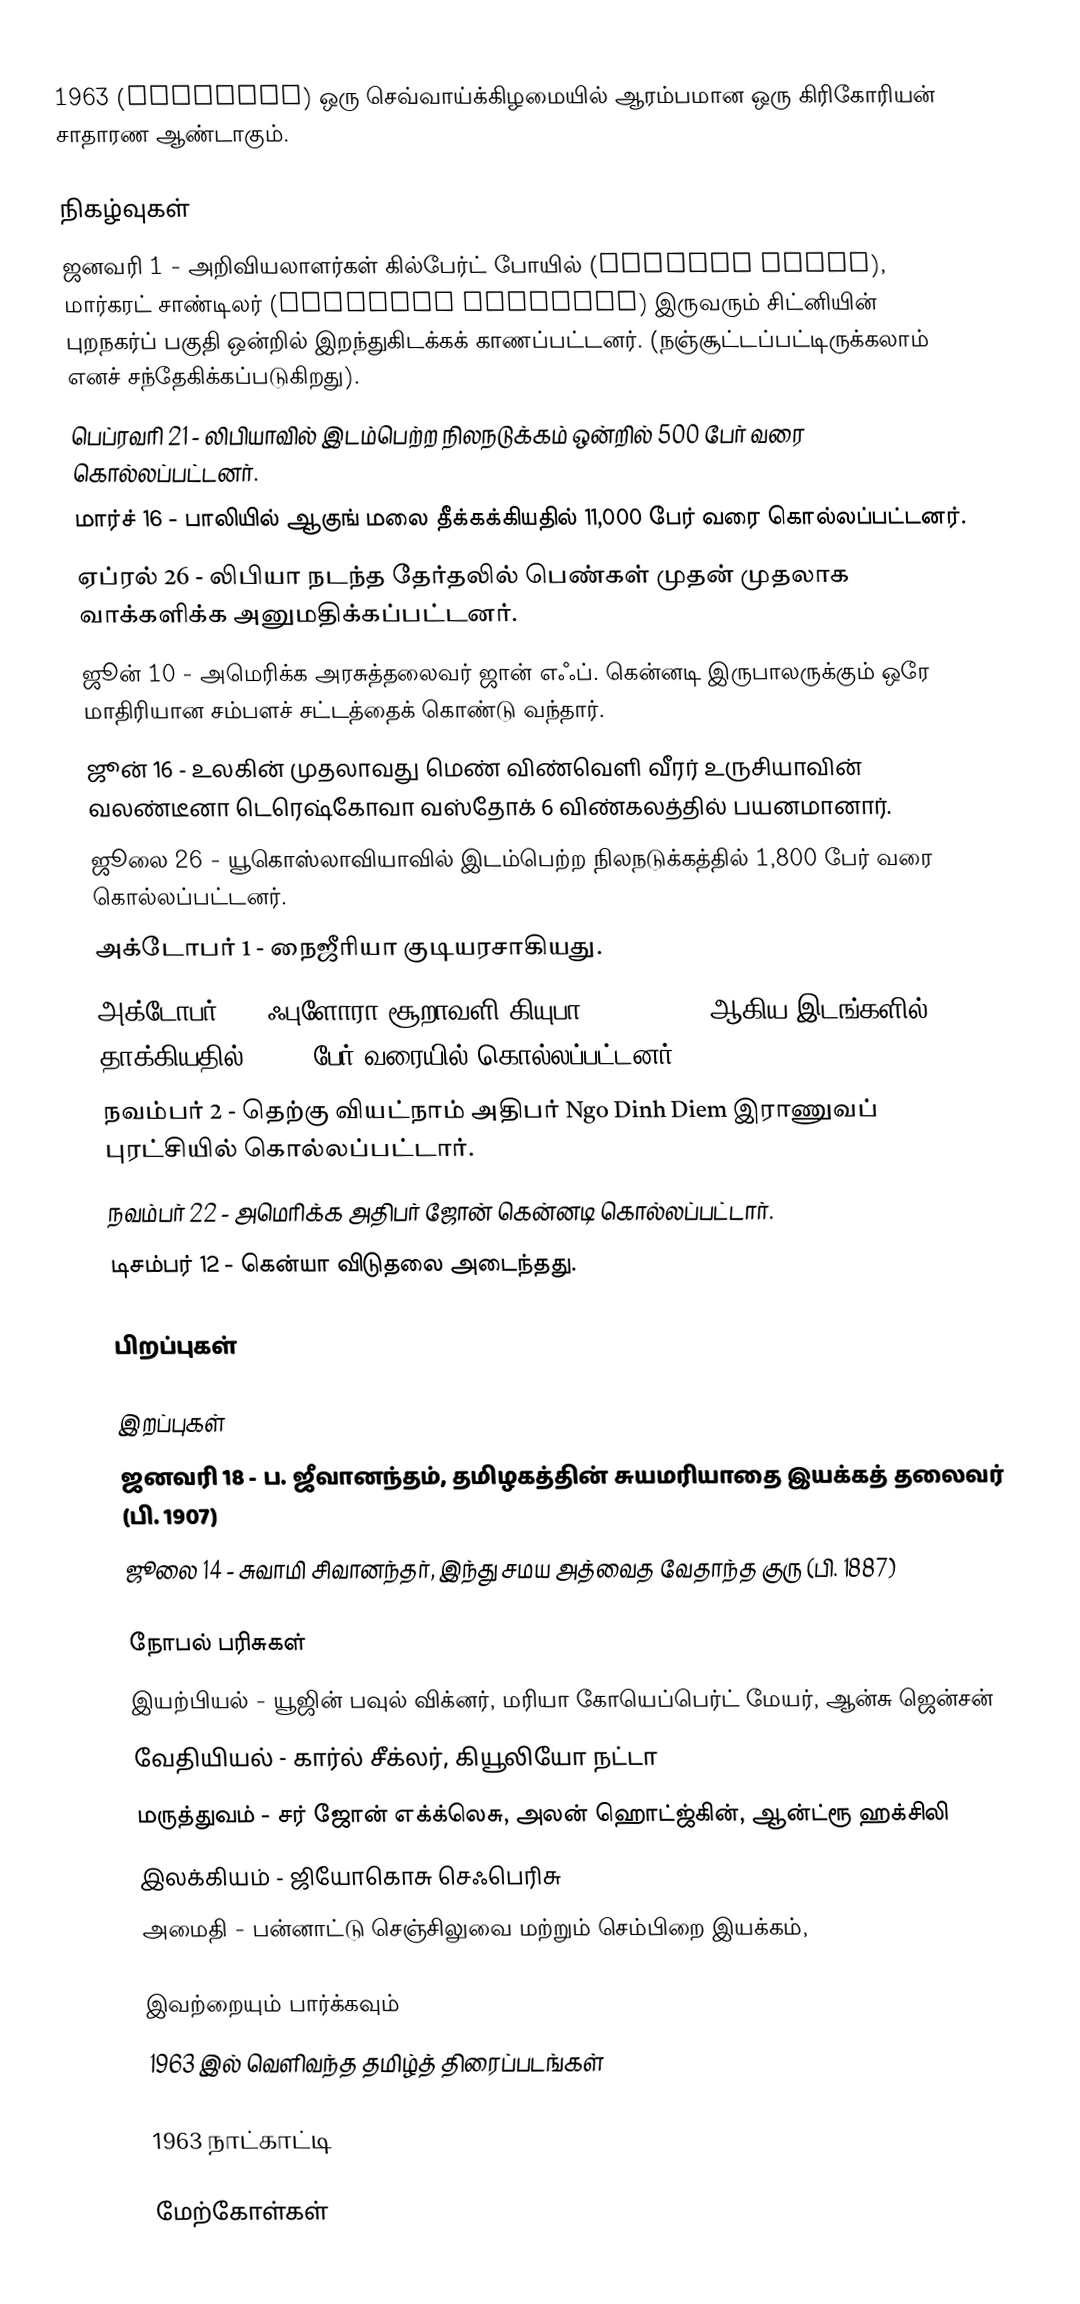
1963  (MCMLXIII) ஒரு செவ்வாய்க்கிழமையில் ஆரம்பமான ஒரு கிரிகோரியன் சாதாரண ஆண்டாகும்.

நிகழ்வுகள்
 ஜனவரி 1 - அறிவியலாளர்கள் கில்பேர்ட் போயில் (Gilbert Bogle), மார்கரட் சாண்டிலர் (Margaret Chandler) இருவரும் சிட்னியின் புறநகர்ப் பகுதி ஒன்றில் இறந்துகிடக்கக் காணப்பட்டனர். (நஞ்சூட்டப்பட்டிருக்கலாம் எனச் சந்தேகிக்கப்படுகிறது).
 பெப்ரவரி 21 - லிபியாவில் இடம்பெற்ற நிலநடுக்கம் ஒன்றில் 500 பேர் வரை கொல்லப்பட்டனர்.
 மார்ச் 16 - பாலியில் ஆகுங் மலை தீக்கக்கியதில் 11,000 பேர் வரை கொல்லப்பட்டனர்.
 ஏப்ரல் 26 - லிபியா நடந்த தேர்தலில் பெண்கள் முதன் முதலாக வாக்களிக்க அனுமதிக்கப்பட்டனர்.
 ஜூன் 10 - அமெரிக்க அரசுத்தலைவர் ஜான் எஃப். கென்னடி இருபாலருக்கும் ஒரே மாதிரியான சம்பளச் சட்டத்தைக் கொண்டு வந்தார்.
 ஜூன் 16 - உலகின் முதலாவது மெண் விண்வெளி வீரர் உருசியாவின் வலண்டீனா டெரெஷ்கோவா வஸ்தோக் 6 விண்கலத்தில் பயனமானார்.
 ஜூலை 26 -  யூகொஸ்லாவியாவில் இடம்பெற்ற நிலநடுக்கத்தில் 1,800 பேர் வரை கொல்லப்பட்டனர்.
 அக்டோபர் 1 - நைஜீரியா குடியரசாகியது.
 அக்டோபர் 4 - ஃபுளோரா சூறாவளி கியுபா, Hispaniola ஆகிய இடங்களில் தாக்கியதில் 7,000 பேர் வரையில் கொல்லப்பட்டனர்.
 நவம்பர் 2 - தெற்கு வியட்நாம் அதிபர் Ngo Dinh Diem இராணுவப் புரட்சியில் கொல்லப்பட்டார்.
 நவம்பர் 22 - அமெரிக்க அதிபர் ஜோன் கென்னடி கொல்லப்பட்டார்.
 டிசம்பர் 12 - கென்யா விடுதலை அடைந்தது.

பிறப்புகள்

இறப்புகள்
 ஜனவரி 18 - ப. ஜீவானந்தம், தமிழகத்தின்  சுயமரியாதை இயக்கத் தலைவர் (பி. 1907)
 ஜூலை 14 - சுவாமி சிவானந்தர், இந்து சமய அத்வைத வேதாந்த குரு (பி. 1887)

நோபல் பரிசுகள்
 இயற்பியல் - யூஜின் பவுல் விக்னர், மரியா கோயெப்பெர்ட் மேயர், ஆன்சு ஜென்சன்
 வேதியியல் - கார்ல் சீக்லர், கியூலியோ நட்டா
 மருத்துவம் - சர் ஜோன் எக்க்லெசு, அலன் ஹொட்ஜ்கின், ஆன்ட்ரூ ஹக்சிலி
 இலக்கியம் - ஜியோகொசு செஃபெரிசு
 அமைதி - பன்னாட்டு செஞ்சிலுவை மற்றும் செம்பிறை இயக்கம்,

இவற்றையும் பார்க்கவும்
 1963 இல் வெளிவந்த தமிழ்த் திரைப்படங்கள்

1963 நாட்காட்டி

மேற்கோள்கள்